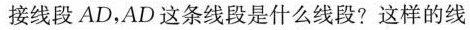
接线段AD，AD这条线段是什么线段?这样的线